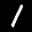
Label: 1